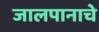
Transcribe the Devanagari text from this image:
जालपानाचे